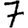
Digit: 7